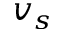
v _ { s }